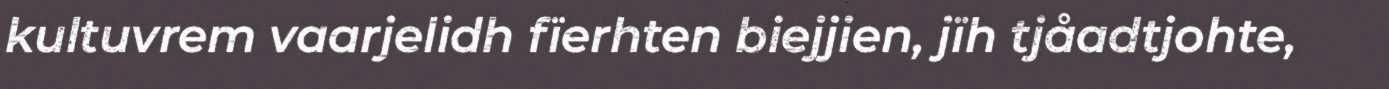
kultuvrem vaarjelidh fïerhten biejjien, jïh tjåadtjohte,